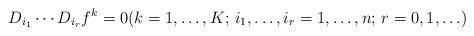
LaTeX: \begin{align*}D_{i_1}\cdots D_{i_r}f^k=0(k=1,\ldots,K;\,i_1,\ldots,i_r=1,\ldots,n;\,r=0,1,\ldots)\end{align*}